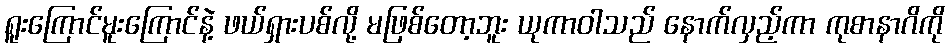
ရူးကြောင်မူးကြောင်နဲ့ ဖယ်ရှားပစ်လို့ မဖြစ်တော့ဘူး ယုကာဝါသည် နောက်လှည့်ကာ ကုစာနာဂိကို